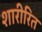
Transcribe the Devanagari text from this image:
शारीरित